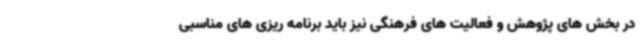
در بخش های پژوهش و فعالیت های فرهنگی نیز باید برنامه ریزی های مناسبی